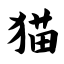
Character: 猫